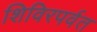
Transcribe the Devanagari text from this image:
शिविरपर्वत